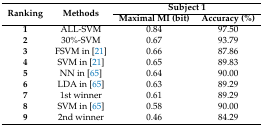
<table><thead><tr><td rowspan="2"><b>Ranking</b></td><td rowspan="2"><b>Methods</b></td><td colspan="2"><b>Subject 1</b></td></tr><tr><td><b>Maximal MI (bit)</b></td><td><b>Accuracy (%)</b></td></tr></thead><tbody><tr><td><b>1</b></td><td>ALL-SVM</td><td>0.84</td><td>97.50</td></tr><tr><td><b>2</b></td><td>30%-SVM</td><td>0.67</td><td>93.79</td></tr><tr><td><b>3</b></td><td>FSVM in [21]</td><td>0.66</td><td>87.86</td></tr><tr><td><b>4</b></td><td>SVM in [21]</td><td>0.65</td><td>89.83</td></tr><tr><td><b>5</b></td><td>NN in [65]</td><td>0.64</td><td>90.00</td></tr><tr><td><b>6</b></td><td>LDA in [65]</td><td>0.63</td><td>89.29</td></tr><tr><td><b>7</b></td><td>1st winner</td><td>0.61</td><td>89.29</td></tr><tr><td><b>8</b></td><td>SVM in [65]</td><td>0.58</td><td>90.00</td></tr><tr><td><b>9</b></td><td>2nd winner</td><td>0.46</td><td>84.29</td></tr></tbody></table>